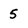
Character: 5